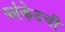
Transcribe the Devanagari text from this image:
प्लंकेटची